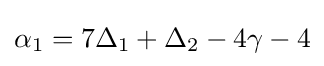
\alpha _{1}=7\Delta _{1}+\Delta _{2}-4\gamma -4